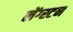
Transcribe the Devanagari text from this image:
लेंग्स्टन